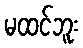
မထင်ဘူး